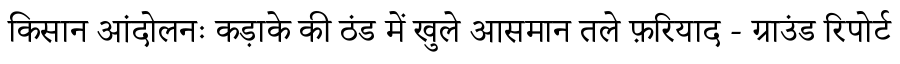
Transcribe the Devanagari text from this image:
किसान आंदोलनः कड़ाके की ठंड में खुले आसमान तले फ़रियाद - ग्राउंड रिपोर्ट